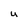
Character: U